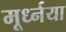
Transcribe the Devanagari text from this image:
मूर्ध्नया